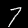
Label: 7